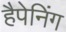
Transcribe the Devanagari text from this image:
हैपेनिंग